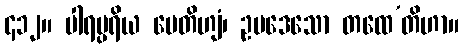
၄၁၂။ ပါရမ္ပရိယ မေတိဟျံ၊ ဥပဒေသော တထေ’တိဟာ။